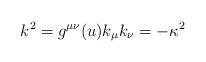
LaTeX: \begin{align*}k^2 = g^{\mu\nu}(u) k_\mu k_\nu = -\kappa^2\end{align*}